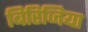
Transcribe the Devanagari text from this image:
बिरिजिया